system: You are a helpful assistant.
user:
Analyze the provided spectrum to determine if it is a **"Cataclysmic Variables (CV)"**.

- **Key Indicators for CV (Check for either state):**
    - **State 1: Quiescent / Low-State (Emission-Dominated)**
        - **(Primary):** Strong and *very broad* Hydrogen Balmer emission lines (e.g., $H\alpha$ at 6563 Å, $H\beta$ at 4861 Å). The 'broadness' (high velocity dispersion, often FWHM > 1000 km/s) is the key diagnostic, indicating a high-velocity accretion disk.
        - **(Secondary):** Broad neutral Helium (He I) emission lines (e.g., 5876 Å, 6678 Å).
        - **(Key Confirmation):** Presence of high-excitation *ionized* Helium (He II) emission at 4686 Å. This is a strong indicator of accretion onto a white dwarf.
        - **(Line Profile):** Emission lines may exhibit a 'double-peaked' profile, which is a classic signature of a rotating accretion disk viewed at high inclination.

    - **State 2: Outburst / High-State (Absorption-Dominated)**
        - **(Primary):** Spectrum is dominated by a bright, blue continuum (looks like a hot star).
        - **(Secondary):** The emission lines from State 1 are weak, absent, or 'filled in', and are replaced by broad, shallow *absorption* lines (primarily Balmer and He I).
        - **(Morphology):** The overall spectrum mimics a hot B/A-type star. The crucial difference is that the absorption lines are significantly broader, shallower, and more 'washed-out' (or 'smeared') than the sharp lines of a normal stellar photosphere, due to high rotational speeds and pressure broadening in the disk.

Think first, call **spectral_visualization_tool** if needed to examine features in detail, then provide your final answer. Your response must adhere to the following strict rules:
1.  **Overall Structure:** Your response must follow the format `<think>...</think> <tool_call>...</tool_call> (if a tool is used) <answer>...</answer>`.
2.  **Tool Usage Constraint:** You may only make **one** tool call per turn.
3.  **Final Answer Format:** In the `<answer>` tag, your conclusion must be inside a `\boxed{}` command (e.g., `\boxed{YES}`), followed by your justification.

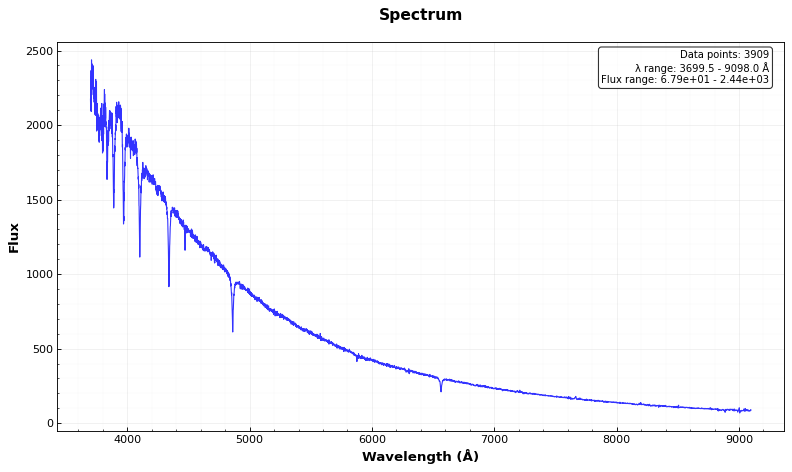
Answer: NO